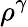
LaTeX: \rho^{\gamma}